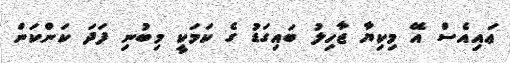
ޢައިއެސް އޭ މިކިޔާ ޖާހިލު ބައިގަޑު ގެ ކަމަކީ މިބުނި ފަދަ ކަންކަން